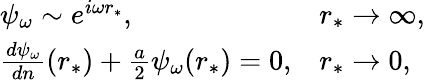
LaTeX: \begin{array}{ll}{\psi_{\omega}\sim e^{i\omega r_{\ast}},}&{r_{\ast}\to\infty,}\\ {\frac{d\psi_{\omega}}{dn}(r_{\ast})+\frac{a}{2}\psi_{\omega}(r_{\ast})=0,}&{r_{\ast}\to 0,}\end{array}